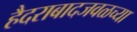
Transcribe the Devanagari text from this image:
हैदराबादजवळच्या